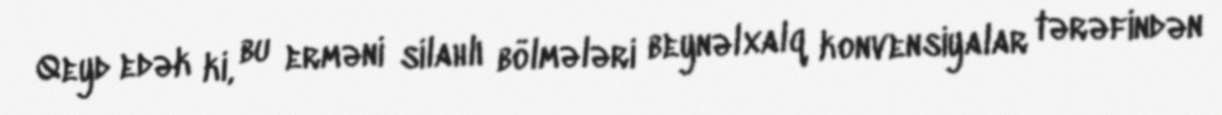
Qeyd edək ki, bu erməni silahlı bölmələri beynəlxalq konvensiyalar tərəfindən